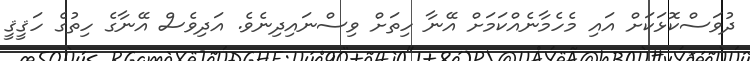
ދުވަސްކޮޅަކަށް އައި މެހެމާނެއްކަމަށް އޭނާ ހިތަށް ވިސްނައިދިނެވެ. އަދިވެސް އޭނާގެ ހިތުގެ ހަޤީޤީ